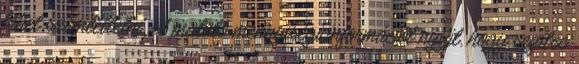
lehet szemléltetni. A mutató mennyiségi információt nyújt, hogy segítse